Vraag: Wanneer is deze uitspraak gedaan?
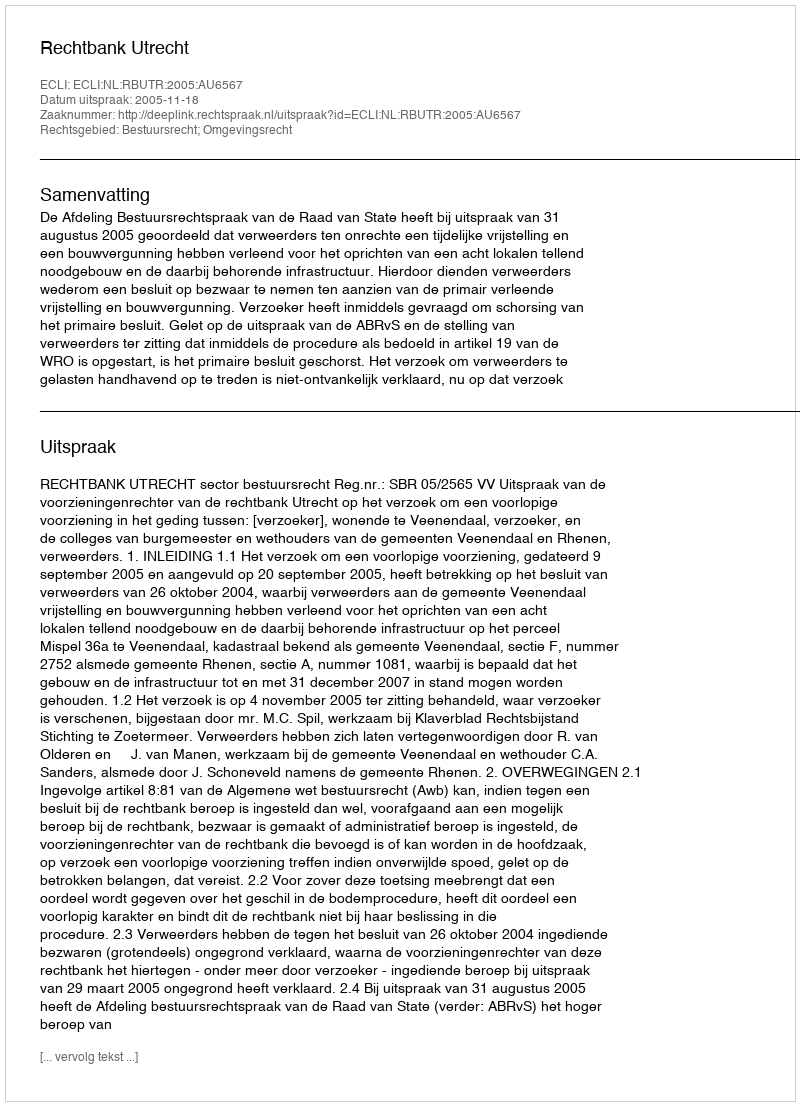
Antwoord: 2005-11-18